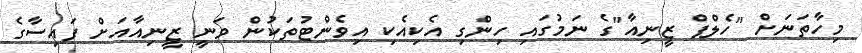
މިހާތަނަށް "ހެލްޕް ޒީނިއާ"ގެ ނަމުގައި ހިންގި އެކިއެކި އިވެންޓުތަކުން ވަނީ ޒީނިއާއަށް ފައިސާގެ